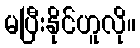
မပြီးနိုင်ဟူလို။